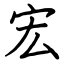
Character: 宏